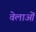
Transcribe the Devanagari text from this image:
वेलाओं